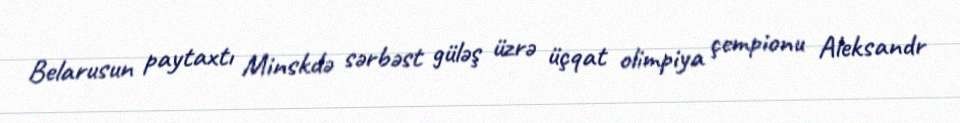
Belarusun paytaxtı Minskdə sərbəst güləş üzrə üçqat olimpiya çempionu Aleksandr